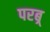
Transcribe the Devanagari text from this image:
परब्र्